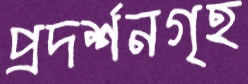
প্রদর্শনগৃহ